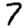
Digit: 7